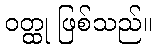
ဝတ္ထု ဖြစ်သည်။